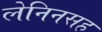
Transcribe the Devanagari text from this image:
लेनिनसह